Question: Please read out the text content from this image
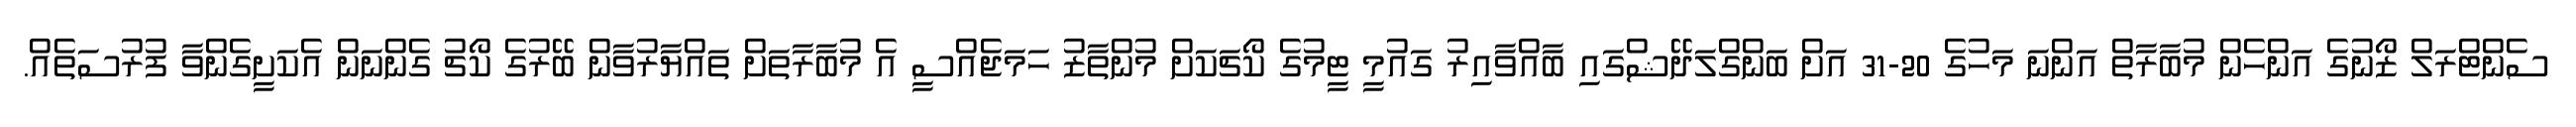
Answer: ސެންޓްރަލް ޒޯނުގެ އަންހެން މުބާރާތް އަންނަ މަހުގެ 20-31 އަށް ބަންގްލަދޭޝްގައި ބާއްވާއިރު ގައުމީ ޓީމުގެ ކޯޗަކަށް މުންތާޒު ހަމަޖެއްސީ އެ މުބާރާތަށް ތައްޔާރުވާން ބޭރުގެ ކޯޗު ގެންނަން އެކަށީގެންވާ ފުރުސަތެއް.